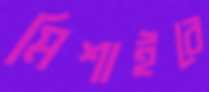
মিশাইবে